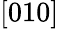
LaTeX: [010]